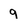
Character: 9